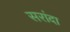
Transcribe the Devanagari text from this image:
सरांदा